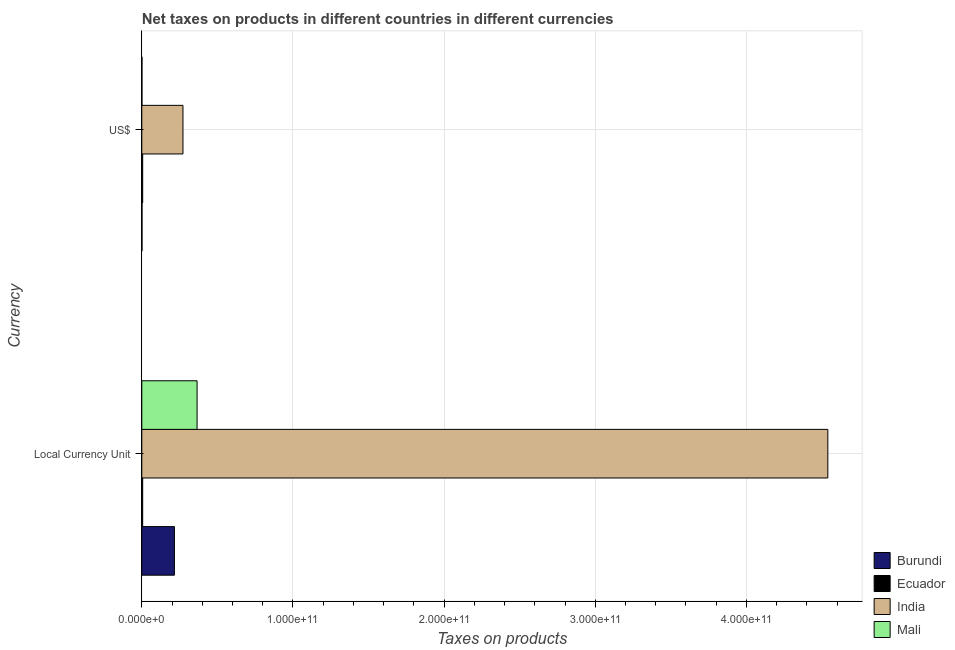
| Currency | Burundi | Ecuador | India | Mali |
 | --- | --- | --- | --- | --- |
 | Local Currency Unit | 2.16e+10 | 5.91e+08 | 4.54e+11 | 3.66e+10 |
 | US$ | 1.36e+08 | 5.91e+08 | 2.72e+10 | 1.15e+08 |